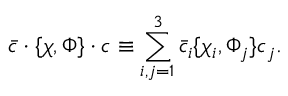
\bar { c } \cdot \{ \chi , \Phi \} \cdot c \equiv \sum _ { i , j = 1 } ^ { 3 } \bar { c } _ { i } \{ \chi _ { i } , \Phi _ { j } \} c _ { j } .